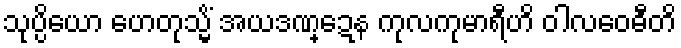
သုပ္ပိယော ဟေတုသ္မိံ အယဒဏ္ဍေန ကုလကုမာရီဟိ ဝါလဝေဓီတိ